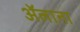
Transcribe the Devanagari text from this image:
ॲलाना